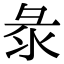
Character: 𢑗